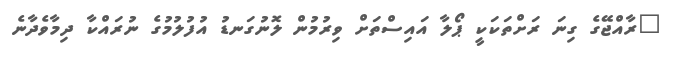
"ރާއްޖޭގެ ގިނަ ރަށްތަކަކީ ޕޯލާ އައިސްތަށް ވިރުމުން ލޮނުގަނޑު އުފުލުމުގެ ނުރައްކާ ދިމާވެދާނެ